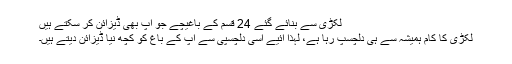
لکڑی سے بنائے گئے 24 قسم کے باغیچے جو آپ بھی ڈیزائن کر سکتے ہیں
لکڑی کا کام ہمیشہ سے ہی دلچسپ رہا ہے، لہذا آئیے اسی دلچسپی سے آپ کے باغ کو کچھ نیا ڈیزائن دیتے ہیں۔